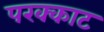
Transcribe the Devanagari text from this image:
परक्काट